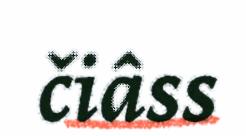
čiâss